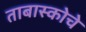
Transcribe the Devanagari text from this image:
ताबास्कोचे